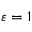
\varepsilon = 1